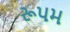
રૂપમ